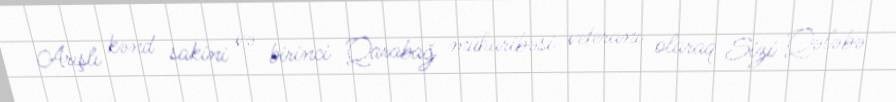
Arışlı kənd sakini və birinci Qarabağ müharibəsi veteranı olaraq Sizi Qələbə